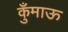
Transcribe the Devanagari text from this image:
कुँमाऊ